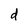
Character: d